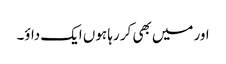
اور میں بھی کر رہا ہوں ایک داؤ۔